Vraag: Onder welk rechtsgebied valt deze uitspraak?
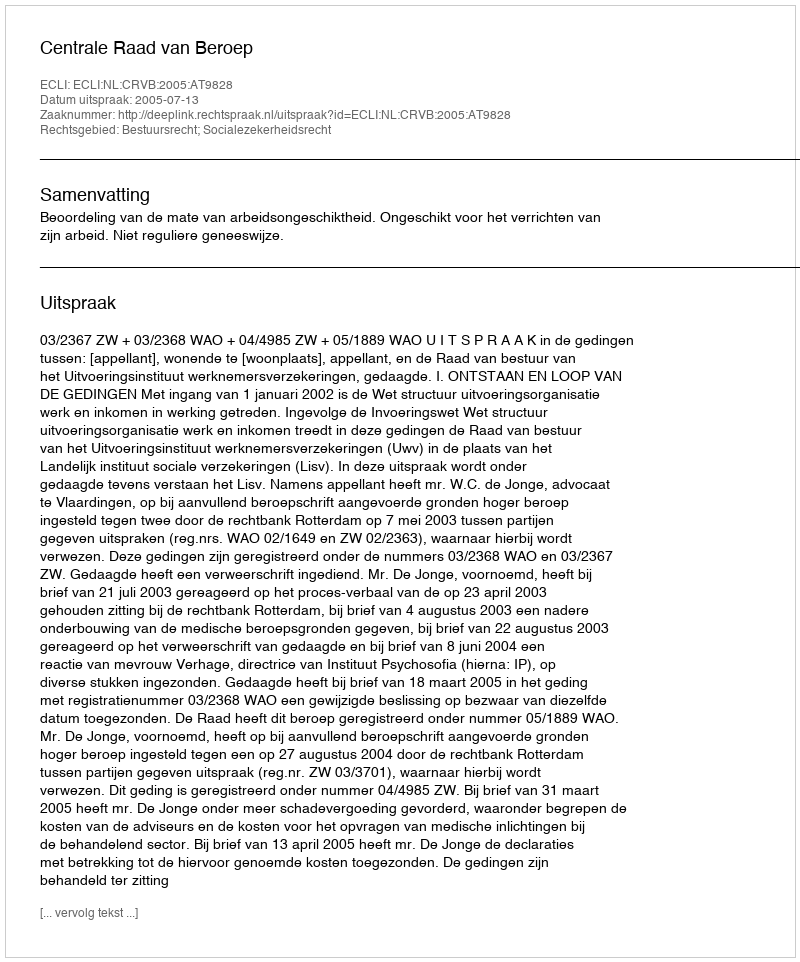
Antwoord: Bestuursrecht; Socialezekerheidsrecht